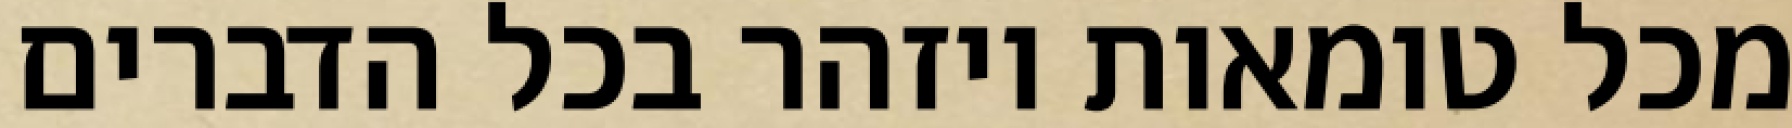
מכל טומאות ויזהר בכל הדברים